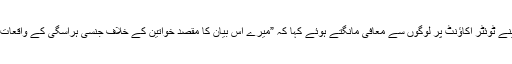
اگلے روز صدر مورینو نے اپنے ٹوئٹر اکاﺅنٹ پر لوگوں سے معافی مانگتے ہوئے کہا کہ ”میرے اس بیان کا مقصد خواتین کے خلاف جنسی ہراسگی کے واقعات کو غیراہم ثابت کرنا نہیں تھا۔